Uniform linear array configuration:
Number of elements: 24
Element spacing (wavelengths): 0.5
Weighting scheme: binomial
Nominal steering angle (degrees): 30
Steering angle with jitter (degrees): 31.755
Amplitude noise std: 0.05
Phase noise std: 0.05

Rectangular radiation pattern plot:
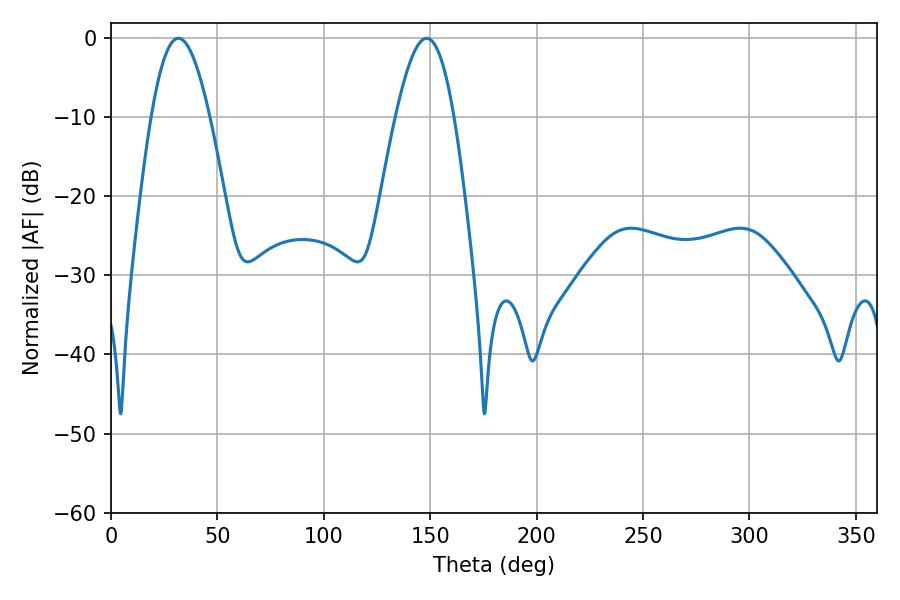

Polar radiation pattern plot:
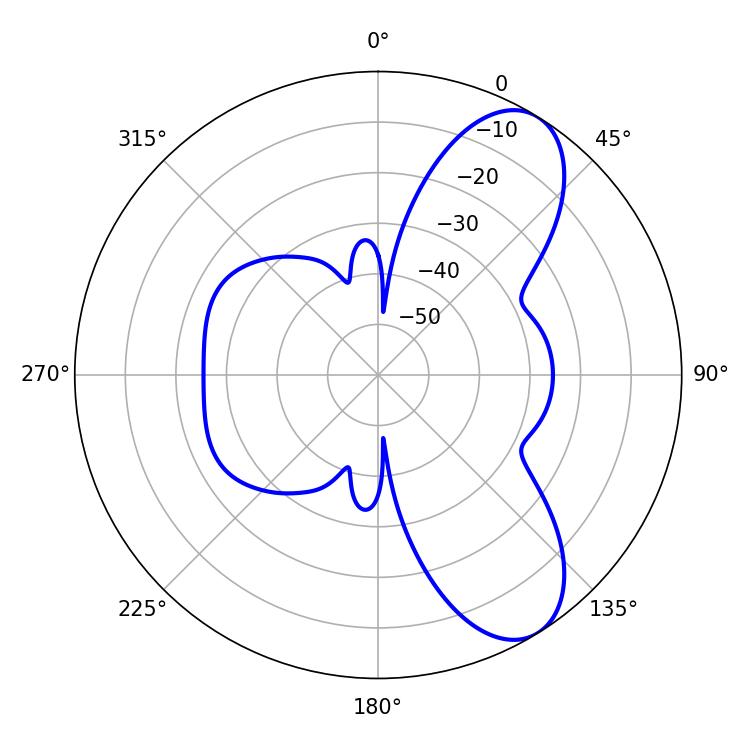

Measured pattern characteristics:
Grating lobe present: FALSE
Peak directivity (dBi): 8.299
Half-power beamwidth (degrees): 14.94
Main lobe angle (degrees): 31.68